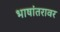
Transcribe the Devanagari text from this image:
भाषांतरावर